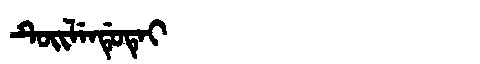
Manchu: ᡨᡠᡳᠯᡝᠨᡩᡠᡨᡝᡳ
Romanization: TUILENDUTEI